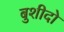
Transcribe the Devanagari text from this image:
बुशीदो